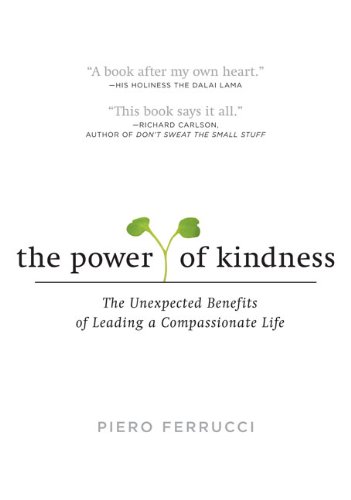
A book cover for The Power of Kindness: The Unexpected Benefits of Leading a Compassionate Life; Piero Ferrucci; Health, Fitness & Dieting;